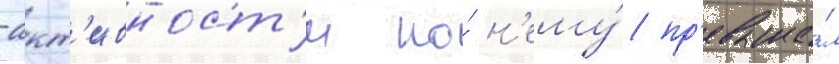
-акт'ивност'и по́ н'ему́ пр'евыша́л